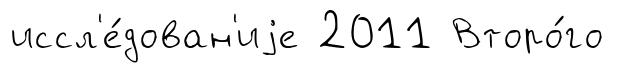
иссл'е́дован'иjе 2011 Второ́го